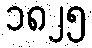
၁၈၂၅